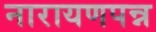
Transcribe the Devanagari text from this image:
नारायणपन्न